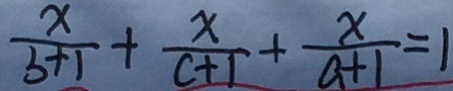
\frac { x } { b + 1 } + \frac { x } { c + 1 } + \frac { x } { a + 1 } = 1